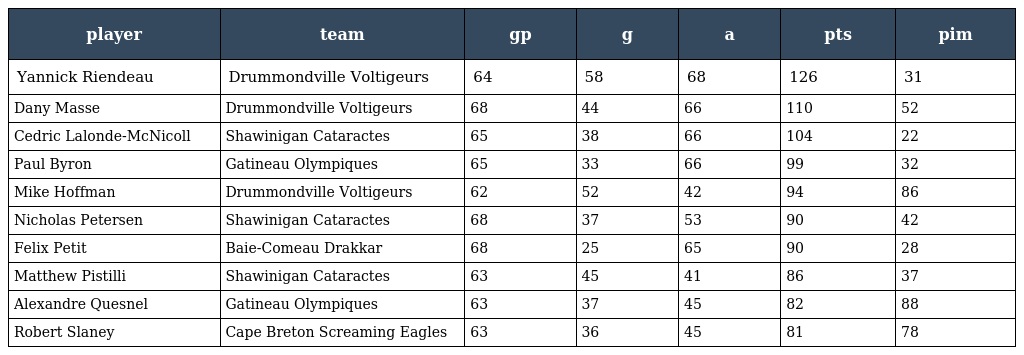
| player | team | gp | g | a | pts | pim |
 | --- | --- | --- | --- | --- | --- | --- |
 | Yannick Riendeau | Drummondville Voltigeurs | 64 | 58 | 68 | 126 | 31 |
 | Dany Masse | Drummondville Voltigeurs | 68 | 44 | 66 | 110 | 52 |
 | Cedric Lalonde-McNicoll | Shawinigan Cataractes | 65 | 38 | 66 | 104 | 22 |
 | Paul Byron | Gatineau Olympiques | 65 | 33 | 66 | 99 | 32 |
 | Mike Hoffman | Drummondville Voltigeurs | 62 | 52 | 42 | 94 | 86 |
 | Nicholas Petersen | Shawinigan Cataractes | 68 | 37 | 53 | 90 | 42 |
 | Felix Petit | Baie-Comeau Drakkar | 68 | 25 | 65 | 90 | 28 |
 | Matthew Pistilli | Shawinigan Cataractes | 63 | 45 | 41 | 86 | 37 |
 | Alexandre Quesnel | Gatineau Olympiques | 63 | 37 | 45 | 82 | 88 |
 | Robert Slaney | Cape Breton Screaming Eagles | 63 | 36 | 45 | 81 | 78 |